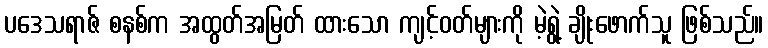
ပဒေသရာဇ် စနစ်က အထွတ်အမြတ် ထားသော ကျင့်ဝတ်များကို မဲ့ရွဲ့ ချိုးဖောက်သူ ဖြစ်သည်။